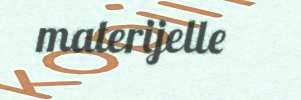
materijelle